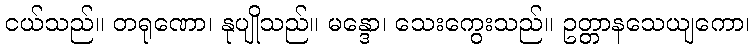
ငယ်သည်။ တရုဏော၊ နုပျိုသည်။ မန္ဒော၊ သေးကွေးသည်။ ဥတ္တာနသေယျကော၊